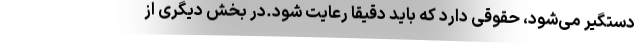
دستگیر می‌شود، حقوقی دارد که باید دقیقا رعایت شود.در بخش دیگری از